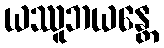
ယဿူဘယန္တေ